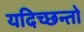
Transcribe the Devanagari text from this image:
यदिच्छन्तो